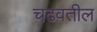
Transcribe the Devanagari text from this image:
चढवतील